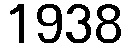
1938